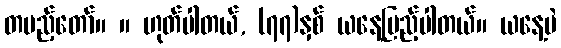
တပည့်တော်။ ။ ဟုတ်ပါတယ်, (၇၇)နှစ် ယနေ့ပြည့်ပါတယ်။ ယနေ့ပဲ